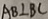
A B \bot B C